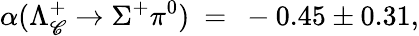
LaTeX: \alpha(\Lambda_{\mathscr{C}}^{+}\rightarrow\Sigma^{+}\pi^{0})~=~-0.45\pm0.31,